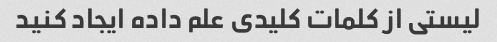
لیستی از کلمات کلیدی علم داده ایجاد کنید